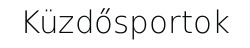
Küzdősportok